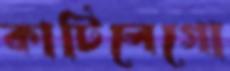
কাটিলেগো